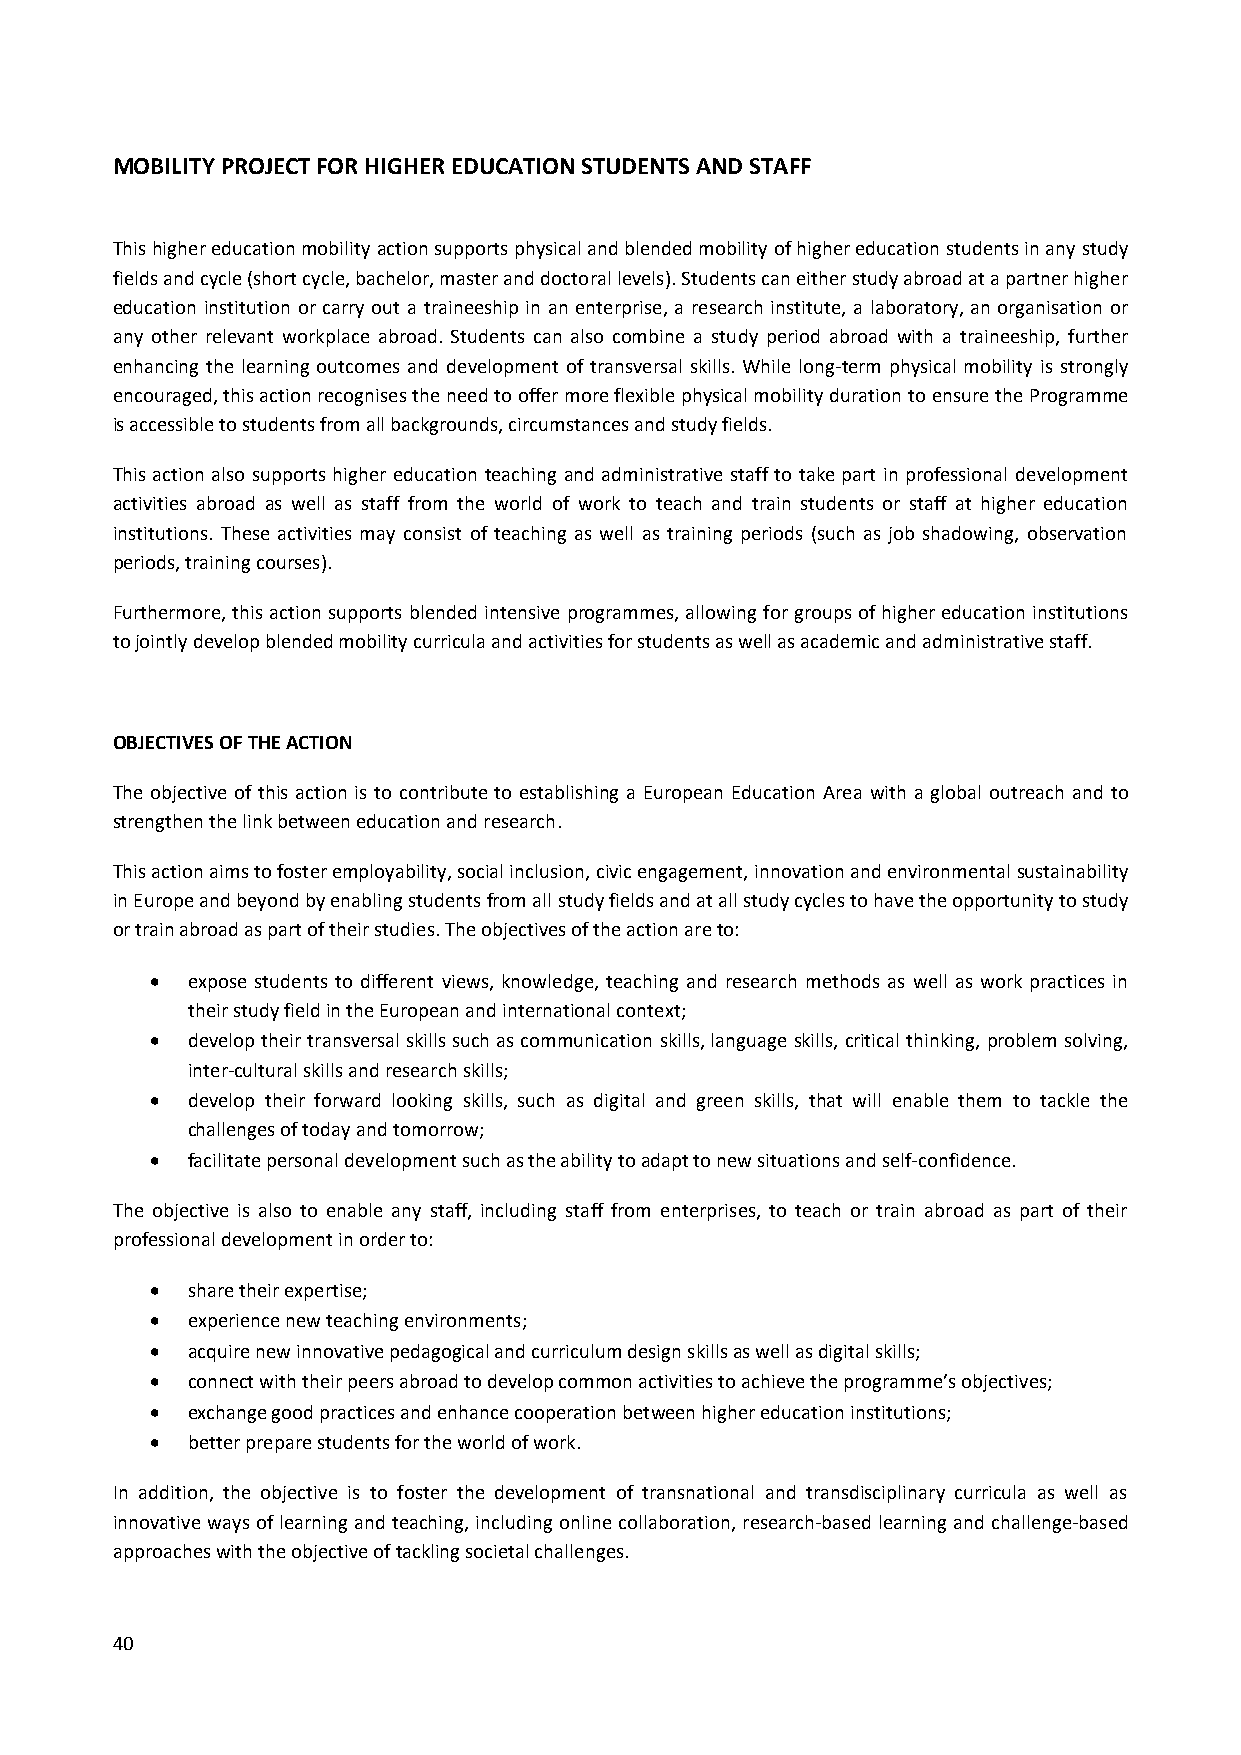
MOBILITY PROJECT FOR HIGHER EDUCATION STUDENTS AND STAFF
 This higher education mobility action supports physical and blended mobility of higher education students in any study
 fields and cycle (short cycle, bachelor, master and doctoral levels). Students can either study abroad at a partner higher
 education institution or carry out a traineeship in an enterprise, a research institute, a laboratory, an organisation or
 any other relevant workplace abroad. Students can also combine a study period abroad with a traineeship, further
 enhancing the learning outcomes and development of transversal skills. While long-term physical mobility is strongly
 encouraged, this action recognises the need to offer more flexible physical mobility duration to ensure the Programme
 is accessible to students from all backgrounds, circumstances and study fields.
 This action also supports higher education teaching and administrative staff to take part in professional development
 activities abroad as well as staff from the world of work to teach and train students or staff at higher education
 institutions. These activities may consist of teaching as well as training periods (such as job shadowing, observation
 periods, training courses).
 Furthermore, this action supports blended intensive programmes, allowing for groups of higher education institutions
 to jointly develop blended mobility curricula and activities for students as well as academic and administrative staff.
 OBJECTIVES OF THE ACTION
 The objective of this action is to contribute to establishing a European Education Area with a global outreach and to
 strengthen the link between education and research.
 This action aims to foster employability, social inclusion, civic engagement, innovation and environmental sustainability
 in Europe and beyond by enabling students from all study fields and at all study cycles to have the opportunity to study
 or train abroad as part of their studies. The objectives of the action are to:
  expose students to different views, knowledge, teaching and research methods as well as work practices in
 their study field in the European and international context;
  develop their transversal skills such as communication skills, language skills, critical thinking, problem solving,
 inter-cultural skills and research skills;
  develop their forward looking skills, such as digital and green skills, that will enable them to tackle the
 challenges of today and tomorrow;
  facilitate personal development such as the ability to adapt to new situations and self-confidence.
 The objective is also to enable any staff, including staff from enterprises, to teach or train abroad as part of their
 professional development in order to:
  share their expertise;
  experience new teaching environments;
  acquire new innovative pedagogical and curriculum design skills as well as digital skills;
  connect with their peers abroad to develop common activities to achieve the programme’s objectives;
  exchange good practices and enhance cooperation between higher education institutions;
  better prepare students for the world of work.
 In addition, the objective is to foster the development of transnational and transdisciplinary curricula as well as
 innovative ways of learning and teaching, including online collaboration, research-based learning and challenge-based
 approaches with the objective of tackling societal challenges.
 40